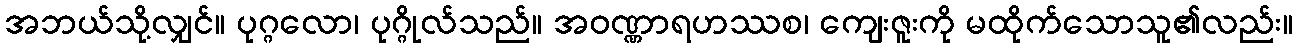
အဘယ်သို့လျှင်။ ပုဂ္ဂလော၊ ပုဂ္ဂိုလ်သည်။ အဝဏ္ဏာရဟဿစ၊ ကျေးဇူးကို မထိုက်သောသူ၏လည်း။